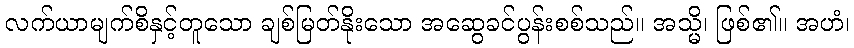
လက်ယာမျက်စိနှင့်တူသော ချစ်မြတ်နိုးသော အဆွေခင်ပွန်းစစ်သည်။ အသ္မိ၊ ဖြစ်၏။ အဟံ၊